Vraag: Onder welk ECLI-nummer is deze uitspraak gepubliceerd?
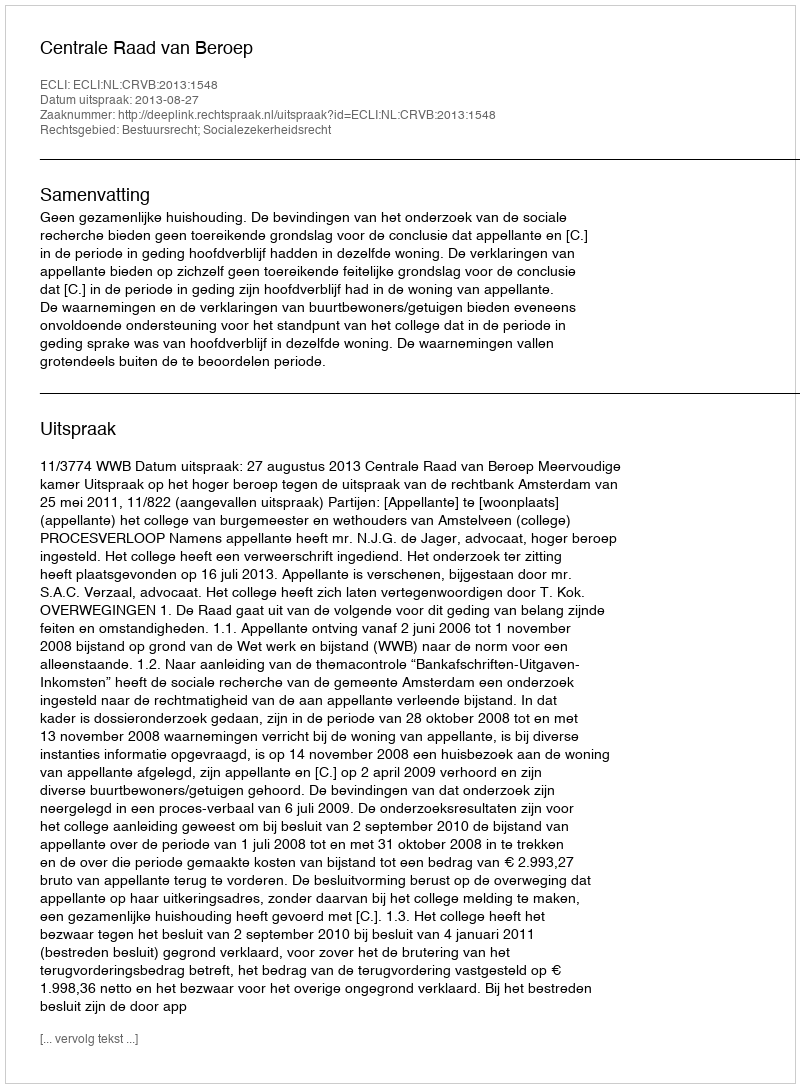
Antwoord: ECLI:NL:CRVB:2013:1548